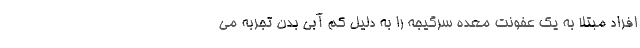
افراد مبتلا به یک عفونت معده سرگیجه را به دلیل کم آبی بدن تجربه می